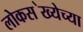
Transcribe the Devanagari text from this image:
लोकस॓ख्येच्या